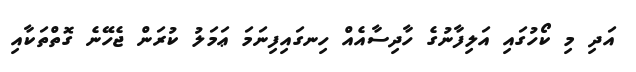
އަދި މި ކޯހުގައި އަލިފާނުގެ ހާދިސާއެއް ހިނގައިފިނަމަ ޢަމަލު ކުރަން ޖެހޭނެ ގޮތްތަކާއި